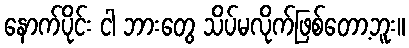
နောက်ပိုင်း ငါ ဘားတွေ သိပ်မလိုက်ဖြစ်တော့ဘူး။